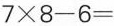
$$7 \times 8 - 6 =$$